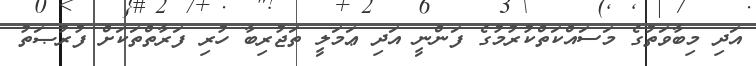
އަދި މިބާވަތުގެ މަސައްކަތްކުރުމުގެ ފަންނީ އަދި ޢަމަލީ ތަޖުރިބާ ހުރި ފަރާތްތަކަށް ފުރުޞަތު